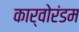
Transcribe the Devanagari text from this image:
कार्वोरंडम